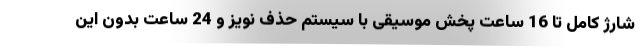
شارژ کامل تا 16 ساعت پخش موسیقی با سیستم حذف نویز و 24 ساعت بدون این